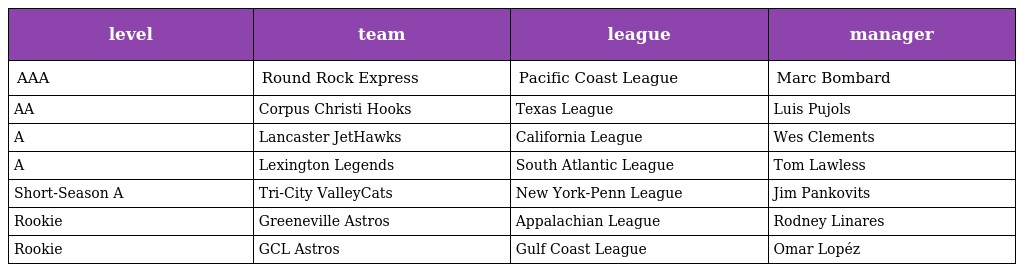
| level | team | league | manager |
 | --- | --- | --- | --- |
 | AAA | Round Rock Express | Pacific Coast League | Marc Bombard |
 | AA | Corpus Christi Hooks | Texas League | Luis Pujols |
 | A | Lancaster JetHawks | California League | Wes Clements |
 | A | Lexington Legends | South Atlantic League | Tom Lawless |
 | Short-Season A | Tri-City ValleyCats | New York-Penn League | Jim Pankovits |
 | Rookie | Greeneville Astros | Appalachian League | Rodney Linares |
 | Rookie | GCL Astros | Gulf Coast League | Omar Lopéz |